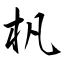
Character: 杋